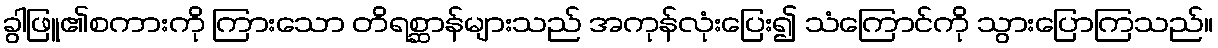
ခွါဖြူ၏စကားကို ကြားသော တိရစ္ဆာန်များသည် အကုန်လုံးပြေး၍ သံကြောင်ကို သွားပြောကြသည်။